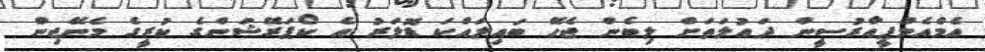
އެމްއެމްޕީއާރުސީން ދައުލަތަށް ލިބެން ޖެހޭ ބައިލައްކަ ޑޮލަރު އެ ކޯޕަރޭޝަންގެ ކުރީގެ މެނޭޖިން